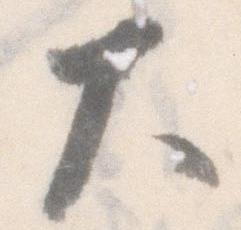
大